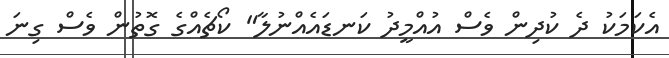
އެކަމަކު ދެ ކުދިން ވެސް އުއްމީދު ކަނޑައެއްނުލާ" ކޯޗެއްގެ ގޮތުން ވެސް ގިނަ